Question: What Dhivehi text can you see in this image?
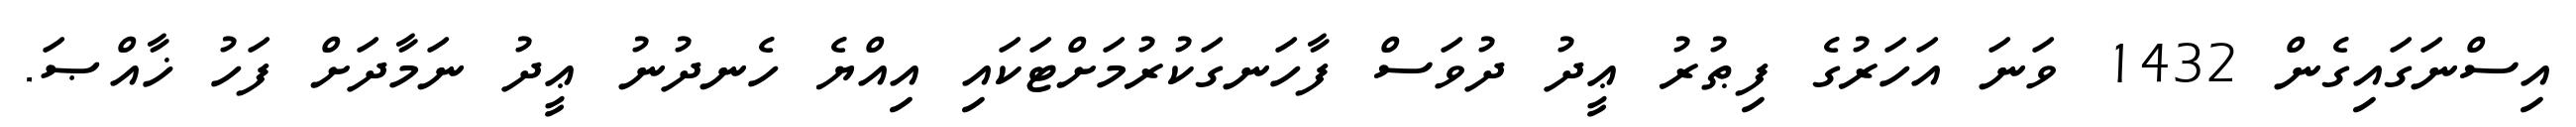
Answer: އިސްނަގައިގެން 1432 ވަނަ އަހަރުގެ ފިޠުރު ޢީދު ދުވަސް ފާހަނގަކުރުމަށްޓަކައި އިއްޔެ ހެނދުނު ޢީދު ނަމާދަށް ފަހު ޚާއްޞަ.